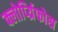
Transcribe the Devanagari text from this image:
क्लोर्प्य्रिफोस